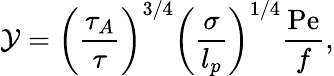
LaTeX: \mathcal{Y}=\biggl(\frac{\tau_{A}}{\tau}\biggr)^{3/4}\biggl(\frac{\sigma}{l_{p}}\biggr)^{1/4}\frac{\mathrm{Pe}}{f},